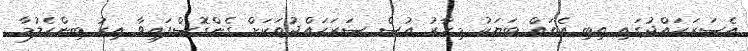
އެސަރަހައްދުގައި ތިބި އެތައް ބަޔަކު މިހާރު އުސް ސަރަހައްދުތަކަށް ގެންގޮސްފައިވާ އިރު ބިންހެލުމާ